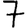
Digit: 7